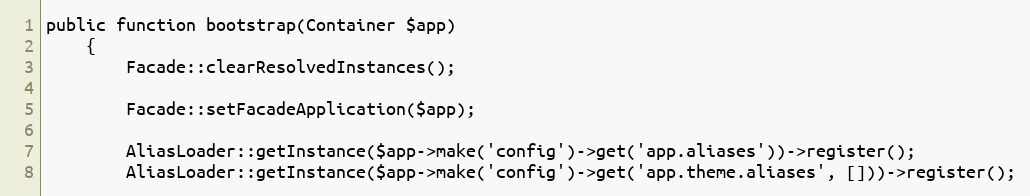
Language: PHP
public function bootstrap(Container $app)
    {
        Facade::clearResolvedInstances();

        Facade::setFacadeApplication($app);

        AliasLoader::getInstance($app->make('config')->get('app.aliases'))->register();
        AliasLoader::getInstance($app->make('config')->get('app.theme.aliases', []))->register();